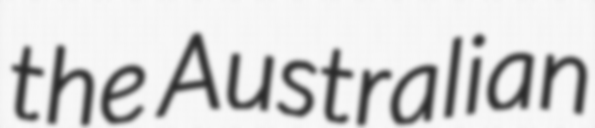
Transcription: the Australian